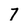
Character: 7